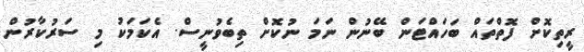
ރީތިކޮށް ފޮތްތައް ބަހައްޓަން ބޭނުން ނަމަ ނުކޮށް ތިބެވުނީސް. އެކަމަކު މި ސަރުކާރުން